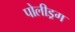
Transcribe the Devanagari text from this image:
पोलीड्रग